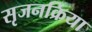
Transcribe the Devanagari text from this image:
सृजनक्रिया